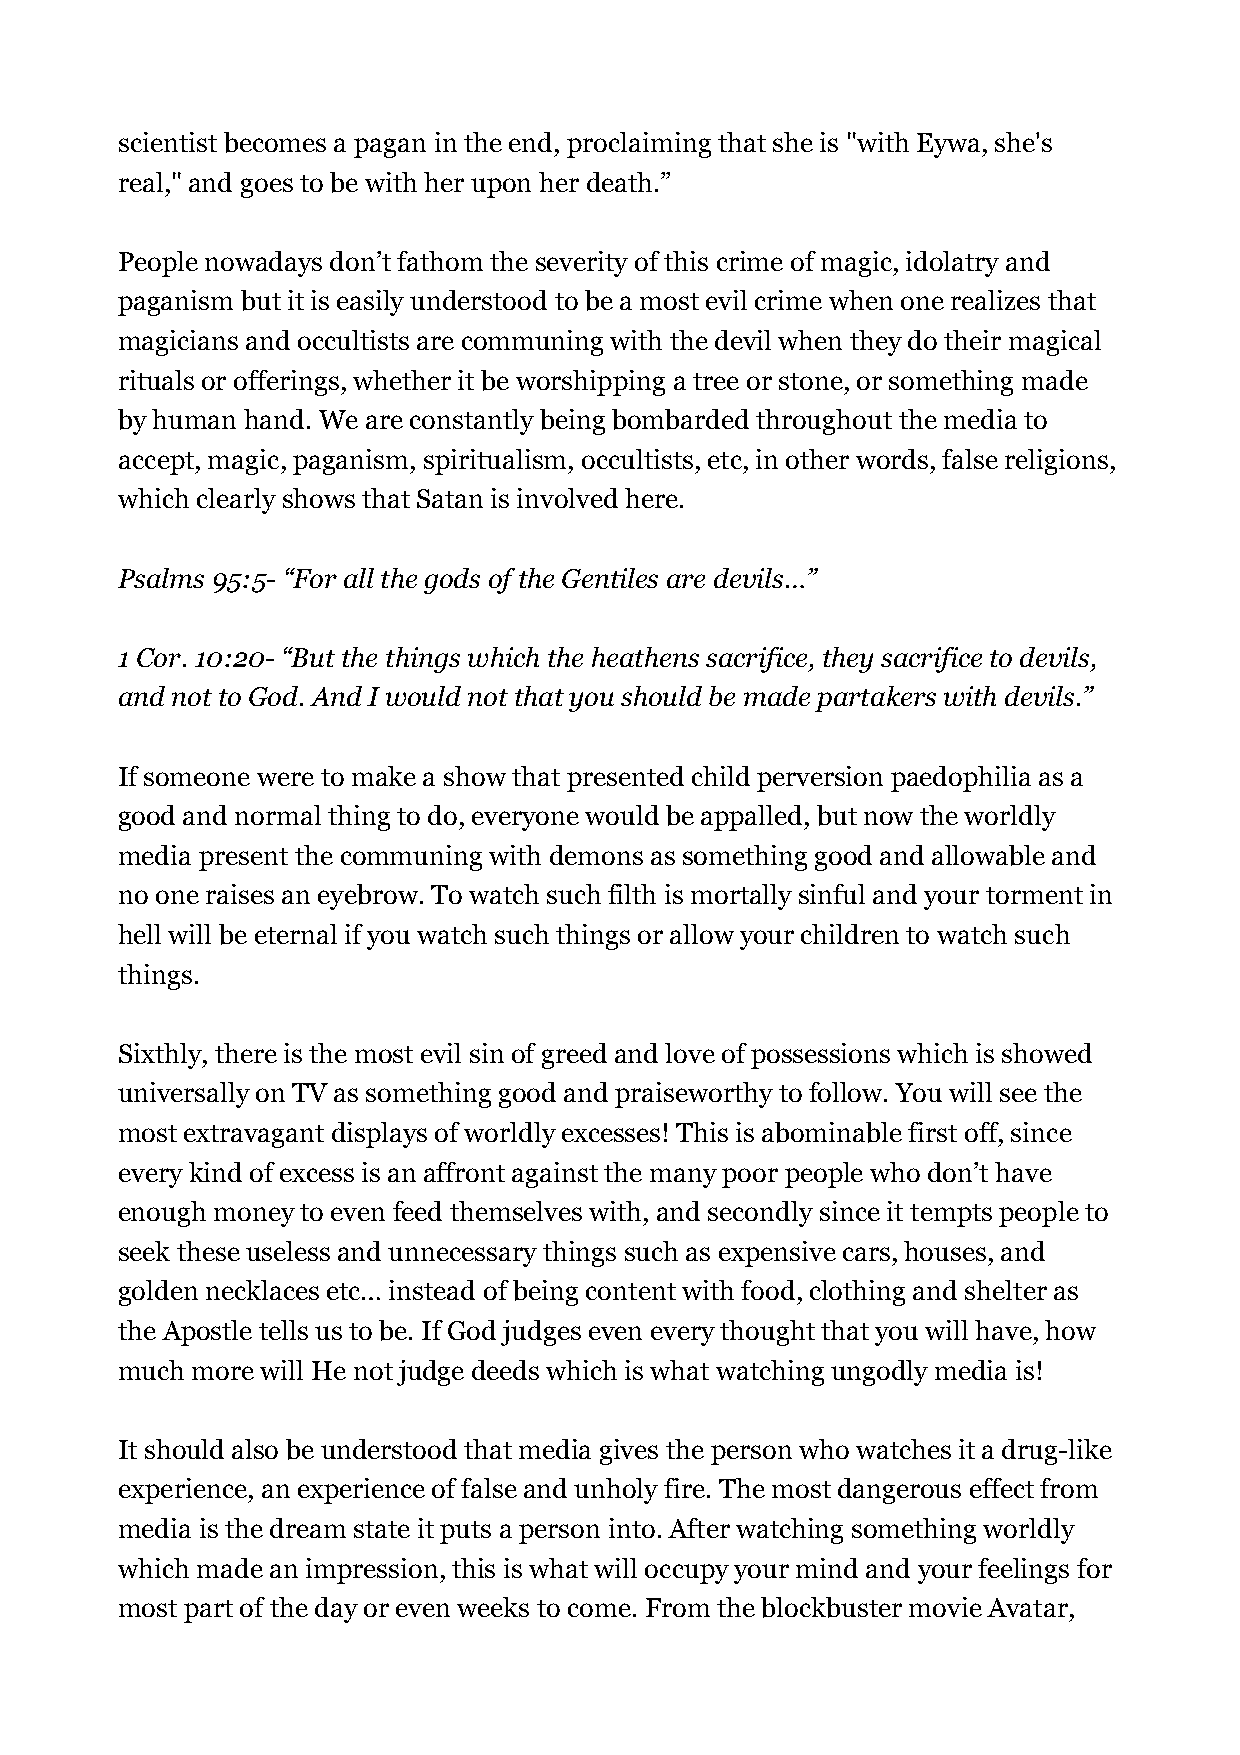
scientist becomes a pagan in the end, proclaiming that she is "with Eywa, she's
 real," and goes to be with her upon her death.”
 People nowadays don’t fathom the severity of this crime of magic, idolatry and
 paganism but it is easily understood to be a most evil crime when one realizes that
 magicians and occultists are communing with the devil when they do their magical
 rituals or offerings, whether it be worshipping a tree or stone, or something made
 by human hand. We are constantly being bombarded throughout the media to
 accept, magic, paganism, spiritualism, occultists, etc, in other words, false religions,
 which clearly shows that Satan is involved here.
 Psalms 95:5- “For all the gods of the Gentiles are devils…”
 1 Cor. 10:20- “But the things which the heathens sacrifice, they sacrifice to devils,
 and not to God. And I would not that you should be made partakers with devils.”
 If someone were to make a show that presented child perversion paedophilia as a
 good and normal thing to do, everyone would be appalled, but now the worldly
 media present the communing with demons as something good and allowable and
 no one raises an eyebrow. To watch such filth is mortally sinful and your torment in
 hell will be eternal if you watch such things or allow your children to watch such
 things.
 Sixthly, there is the most evil sin of greed and love of possessions which is showed
 universally on TV as something good and praiseworthy to follow. You will see the
 most extravagant displays of worldly excesses! This is abominable first off, since
 every kind of excess is an affront against the many poor people who don’t have
 enough money to even feed themselves with, and secondly since it tempts people to
 seek these useless and unnecessary things such as expensive cars, houses, and
 golden necklaces etc… instead of being content with food, clothing and shelter as
 the Apostle tells us to be. If God judges even every thought that you will have, how
 much more will He not judge deeds which is what watching ungodly media is!
 It should also be understood that media gives the person who watches it a drug-like
 experience, an experience of false and unholy fire. The most dangerous effect from
 media is the dream state it puts a person into. After watching something worldly
 which made an impression, this is what will occupy your mind and your feelings for
 most part of the day or even weeks to come. From the blockbuster movie Avatar,